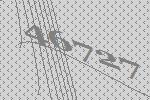
46727